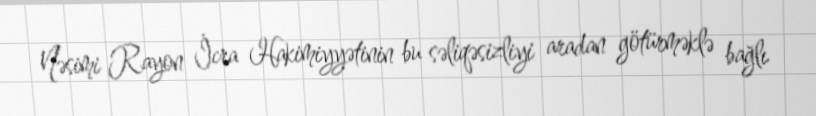
Nəsimi Rayon İcra Hakimiyyətinin bu səliqəsizliyi aradan götürməklə bağlı